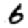
Digit: 6